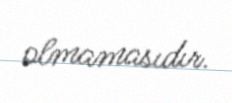
olmamasıdır.